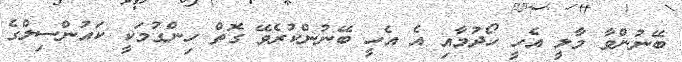
ބޭނުންވާ މާލީ އެހީ ހޯދުމާއި އެ އެހީ ބޭނުންކުރެވޭ ގޮތް ހިންގުމަކީ ކައުންސިލްގެ